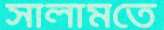
সালামতে